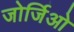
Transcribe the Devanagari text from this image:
जोर्जिओ